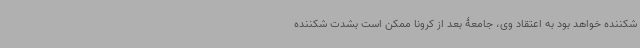
شکننده خواهد بود به اعتقاد وی، جامعۀ بعد از کرونا ممکن است بشدت شکننده